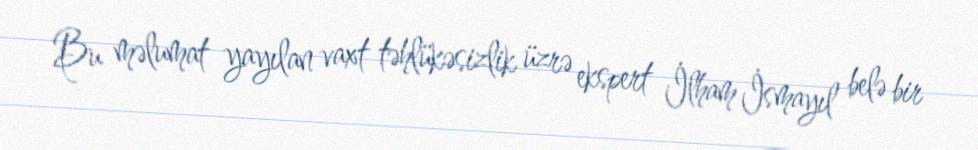
Bu məlumat yayılan vaxt təhlükəsizlik üzrə ekspert İlham İsmayıl belə bir